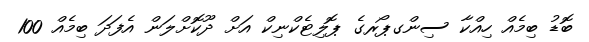
ބޮޑު ބިމެއް ހިއްކާ ސިންގޕޯރގެ ޕޮލިޓެކްނިކް އަށް ދޫކޮށްލަން އެފަދަ ބިމެއް 100